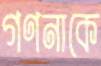
গণনাকে